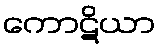
ကောဋိယာ